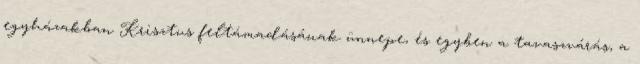
egyházakban Krisztus feltámadásának ünnepe, és egyben a tavaszvárás, a